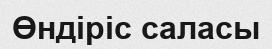
Өндіріс саласы